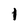
Character: 1